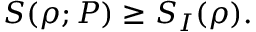
S ( \rho ; P ) \ge S _ { I } ( \rho ) .